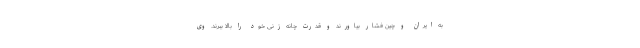
به ایران و چین فشار بیاورند و قدرت چانه زنی خود را بالا ببرند. وی